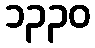
၁၃၃၀